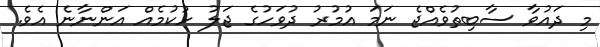
މި ދައުވާ ސާބިތުވެއްޖެ ނަމަ އުމުރު ދުވަހުގެ ޖަލު ހުކުމެއް އަންނާނެ އެވެ.